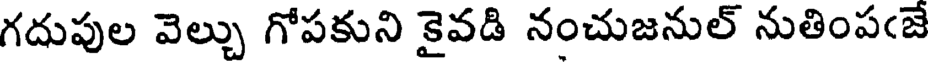
గదుపుల వెల్చు గోపకుని కైవడి నంచుజనుల్ నుతింపఁజే